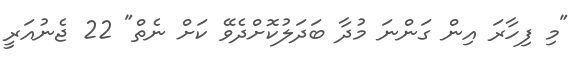
"މި ފިހާރަ އިން ގަންނަ މުދާ ބަދަލުކޮށްދެވޭ ކަށް ނެތް" 22 ޖެނުއަރީ